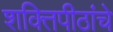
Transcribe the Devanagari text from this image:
शक्तिपीठांचे